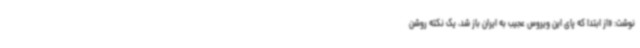
نوشت: «از ابتدا که پای این ویروس عجیب به ایران باز شد، یک نکته روشن